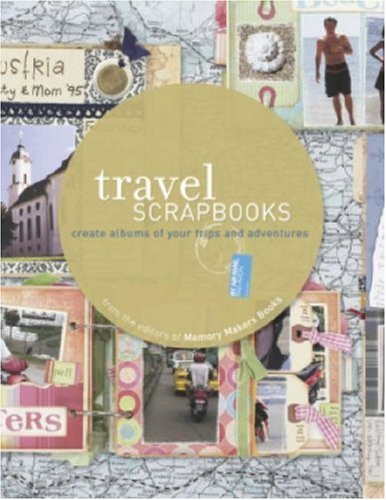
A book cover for Travel Scrapbooks: Create Albums of Your Trips and Adventuresi'm; The Editors Of Memory Makers Books; Crafts, Hobbies & Home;